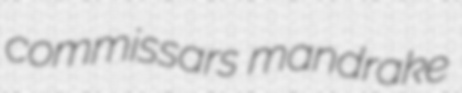
commissars mandrake